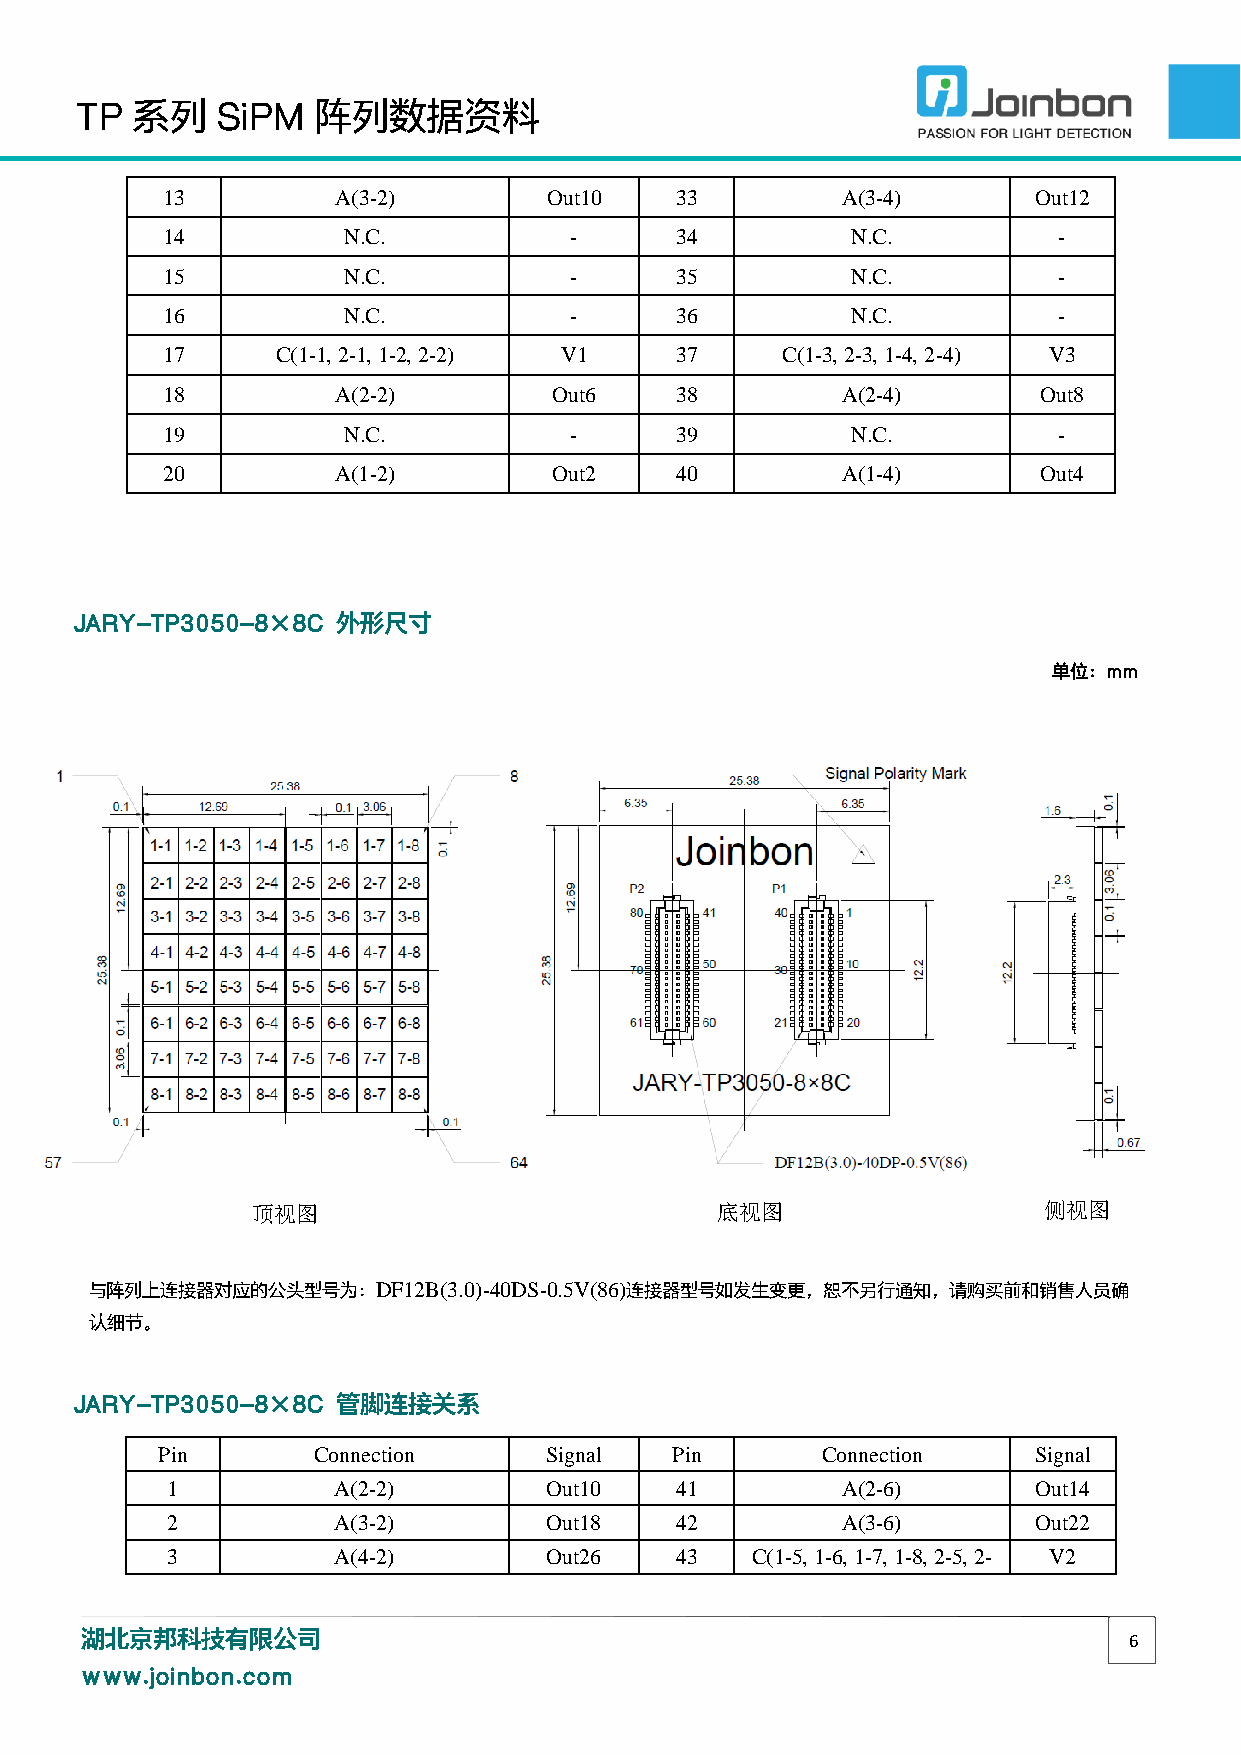
TP  系列   SiPM   阵列数据资料
 13         A(3-2)        Out10    33         A(3-4)      Out12
 14          N.C.           -      34         N.C.          -
 15          N.C.           -      35         N.C.          -
 16          N.C.           -      36         N.C.          -
 17     C(1-1, 2-1, 1-2, 2-2) V1   37     C(1-3, 2-3, 1-4, 2-4) V3
 18         A(2-2)         Out6    38         A(2-4)       Out8
 19          N.C.           -      39         N.C.          -
 20         A(1-2)         Out2    40         A(1-4)       Out4
 JARY-TP3050-8×8C 外形尺寸
 单位：mm
 顶视图                           底视图                   侧视图
 与阵列上连接器对应的公头型号为：DF12B(3.0)-40DS-0.5V(86)连接器型号如发生变更，恕不另行通知，请购买前和销售人员确
 认细节。
 JARY-TP3050-8×8C 管脚连接关系
 Pin        Connection     Signal  Pin       Connection    Signal
 1          A(2-2)        Out10    41         A(2-6)       Out14
 2          A(3-2)        Out18    42         A(3-6)       Out22
 3          A(4-2)        Out26    43   C(1-5, 1-6, 1-7, 1-8, 2-5, 2- V2
 湖北京邦科技有限公司
 6
 www.joinbon.com